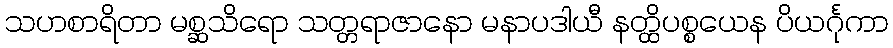
သဟစာရိတာ မစ္ဆသိရော သတ္တရာဇာနော မနာပဒါယီ နတ္ထိပစ္စယေန ပိယင်္ဂုကာ